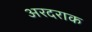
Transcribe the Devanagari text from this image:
अरदराक